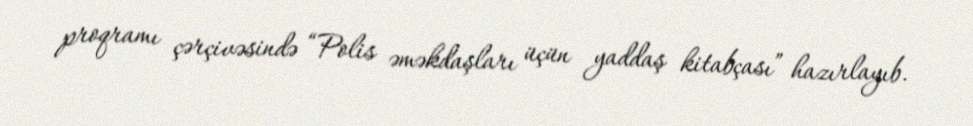
proqramı çərçivəsində “Polis əməkdaşları üçün yaddaş kitabçası” hazırlayıb.